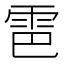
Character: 𫕠